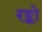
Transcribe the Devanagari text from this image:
रङ्को